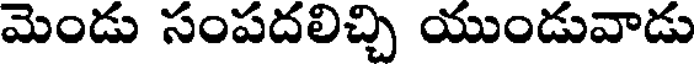
మెండు సంపదలిచ్చి యుండువాడు